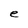
Character: e